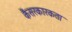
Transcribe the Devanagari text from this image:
कैंसरकारकता